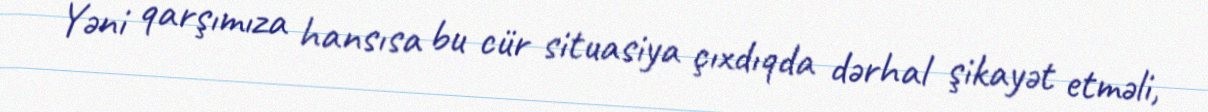
Yəni qarşımıza hansısa bu cür situasiya çıxdıqda dərhal şikayət etməli,